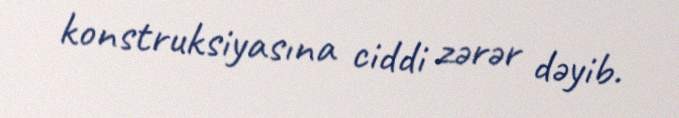
konstruksiyasına ciddi zərər dəyib.